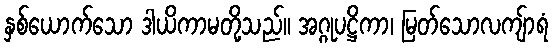
နှစ်ယောက်သော ဒါယိကာမတို့သည်။ အဂ္ဂုပဋ္ဌိကာ၊ မြတ်သောလကျ်ာရံ